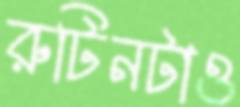
রুটিনটাও